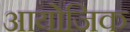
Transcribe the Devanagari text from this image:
आयोजिक